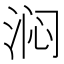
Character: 𬇰